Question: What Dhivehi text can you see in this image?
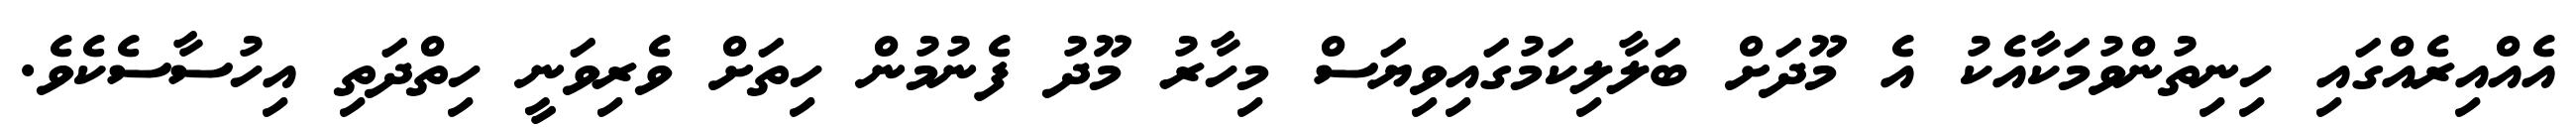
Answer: އެއްއިރެއްގައި ހިނިތުންވުމަކާއެކު އެ މޫދަށް ބަލާލިކަމުގައިވިޔަސް މިހާރު މޫދު ފެނުމުން ހިތަށް ވެރިވަނީ ހިތްދަތި އިހުސާސެކެވެ.